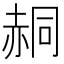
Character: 䞒